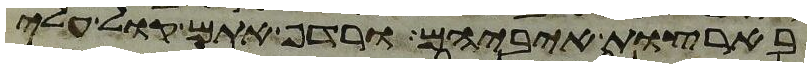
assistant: בארצות איביהם ורדף אתם קול עלי